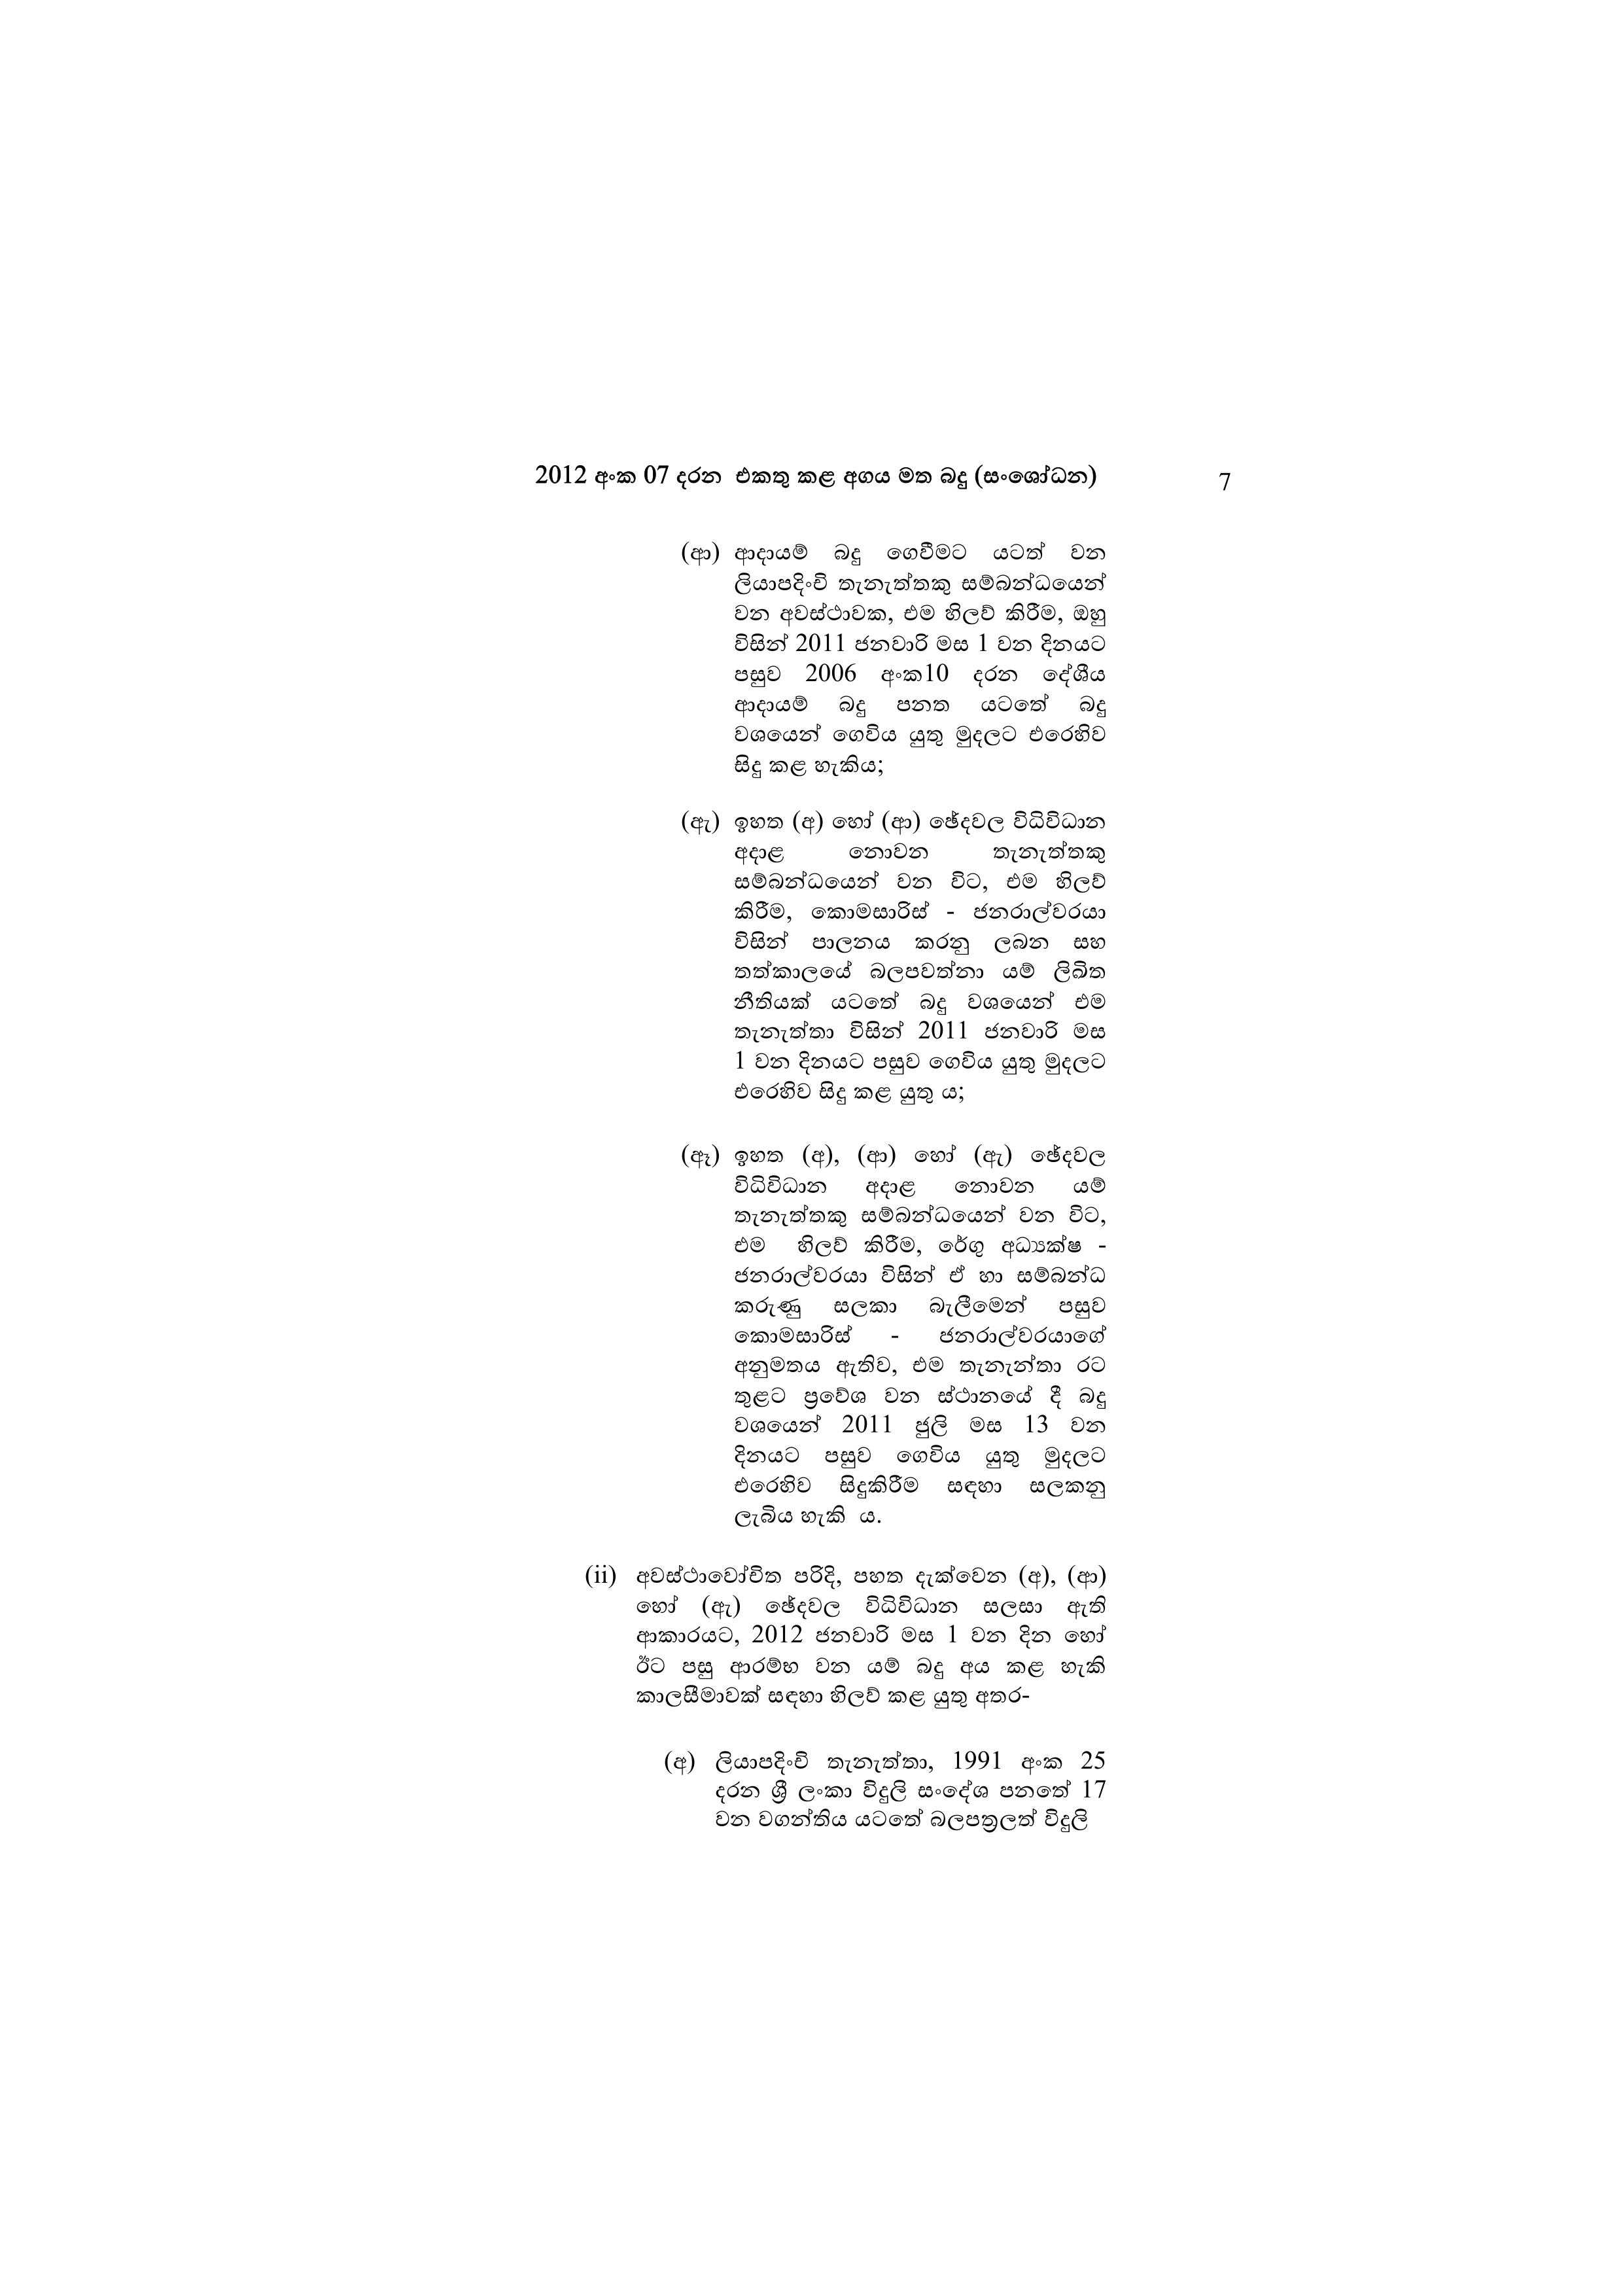
2012 අංක 07 දරන එකතු කළ අගය මත බදු (සංශෝධන)7

(ආ) ආදායම් බදු ගෙවීමට යටත් වන
ලියාපදිංචි තැනැත්තකු සම්බන්ධයෙන්
වන අවස්ථාවක, එම හිලව් කිරීම, ඔහු
විසින් 2011 ජනවාරි මස 1 වන දිනයට
පසුව 2006 අංක10 දරන දේශීය
ආදායම් බදු පනත යටතේ බදු
වශයෙන් ගෙවිය යුතු මුදලට එරෙහිව
සිදු කළ හැකිය;

(ඇ) ඉහත (අ) හෝ (ආ) ඡේදවල විධිවිධාන
අදාළ නොවන තැනැත්තකු
සම්බන්ධයෙන් වන විට, එම හිලව්
කිරීම, කොමසාරිස් - ජනරාල්වරයා
විසින් පාලනය කරනු ලබන සහ
තත්කාලයේ බලපවත්නා යම් ලිඛිත
නීතියක් යටතේ බදු වශයෙන් එම
තැනැත්තා විසින් 2011 ජනවාරි මස
1 වන දිනයට පසුව ගෙවිය යුතු මුදලට
එරෙහිව සිදු කළ යුතු ය;

(ඈ) ඉහත (අ), (ආ) හෝ (ඇ) ඡේදවල
විධිවිධාන අදාළ නොවන යම්
තැනැත්තකු සම්බන්ධයෙන් වන විට,
එම හිලව් කිරීම, රේගු අධ්‍යක්ෂ
ජනරාල්වරයා විසින් ඒ හා සම්බන්ධ
කරුණු සලකා බැලීමෙන් පසුව
කොමසාරිස් ජනරාල්වරයාගේ
අනුමතය ඇතිව, එම තැනැත්තා රට
තුළට ප්‍රවේශ වන ස්ථානයේ දී බදු
වශයෙන් 2011 ජුලි මස 13 වන
දිනයට පසුව ගෙවිය යුතු මුදලට
එරෙහිව සිදුකිරීම සඳහා සලකනු
ලැබිය හැකි ය.

(ii) අවස්ථාවෝචිත පරිදි, පහත දැක්වෙන (අ), (ආ)
හෝ (ඇ) ඡේදවල විධිවිධාන සලසා ඇති
ආකාරයට, 2012 ජනවාරි මස 1 වන දින හෝ
ඊට පසු ආරම්භ වන යම් බදු අය කළ හැකි
කාලසීමාවක් සඳහා හිලව් කළ යුතු අතර-

(අ) ලියාපදිංචි තැනැත්තා, 1991 අංක 25
දරන ශ්‍රී ලංකා විදුලි සංදේශ පනතේ 17
වන වගන්තිය යටතේ බලපත්‍රලත් විදුලි